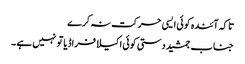
تاکہ آئندہ کوئی ایسی حرکت نہ کرے
جناب جمشید دستی کوئی اکیلا فراڈیا تو نہیں ہے ۔